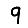
Digit: 9